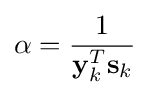
\alpha ={\frac {1}{\mathbf {y} _{k}^{T}\mathbf {s} _{k}}}